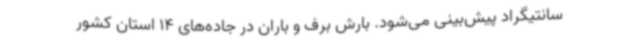
سانتیگراد پیش‌بینی می‌شود. بارش برف و باران در جاده‌های 14 استان کشور